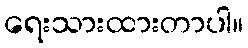
ရေးသားထားတာပါ။